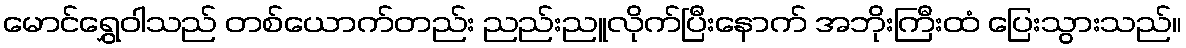
မောင်ရွှေဝါသည် တစ်ယောက်တည်း ညည်းညူလိုက်ပြီးနောက် အဘိုးကြီးထံ ပြေးသွားသည်။